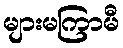
များမကြာမီ